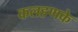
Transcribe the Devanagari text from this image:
कलहणके